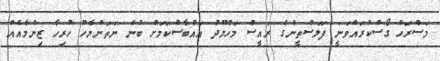
މަސްރަހް ގޯސްކުރައްވަނީ ފަލަސްތީނުގެ ރައީސް މަހްމޫދު އައްބާސްކަމަށް ބުނެ ނަތަންޔާހޫ ހުރިހާ ޒިންމާއެއް